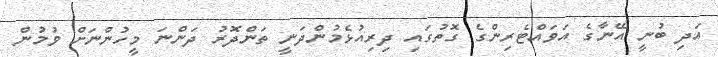
އަދި ބުނީ އޭނާގެ އަވައްޓެރިންގެ ގޮތުގައި ދިރިއުޅެމުންދަނީ ތަންދޮރު ދަންނަ މީހުންނަށް ވުމުން